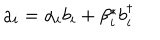
LaTeX: a _ { i } = \alpha _ { i } b _ { i } + \beta _ { i } ^ { * } b _ { i } ^ { \dagger }